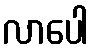
လာပေါ